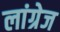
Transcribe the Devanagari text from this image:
लांग्रेज